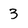
Character: 3